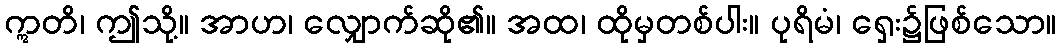
ဣတိ၊ ဤသို့။ အာဟ၊ လျှောက်ဆို၏။ အထ၊ ထိုမှတစ်ပါး။ ပုရိမံ၊ ရှေး၌ဖြစ်သော။